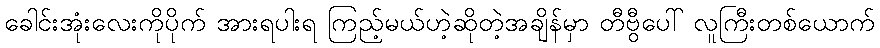
ခေါင်းအုံးလေးကိုပိုက် အားရပါးရ ကြည့်မယ်ဟဲ့ဆိုတဲ့အချိန်မှာ တီဗွီပေါ် လူကြီးတစ်ယောက်